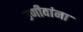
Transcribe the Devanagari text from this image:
उणीवांना